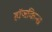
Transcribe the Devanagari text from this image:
हॉजकिन्स